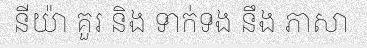
នីយ៉ា គួរ និង ទាក់ទង នឹង ភាសា